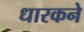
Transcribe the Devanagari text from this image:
धारकने